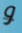
و